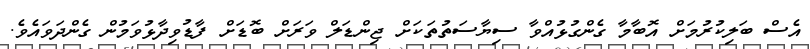
އެސް ބަލިކުރުމަށް އޮބާމާ ގެންގުޅުއްވާ ސިޔާސަތުތަކަށް ޖިންޑަލް ވަރަށް ބޮޑަށް ފާޑުވިދާޅުވަމުން ގެންދަވައެވެ.